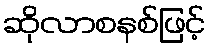
ဆိုလာစနစ်ဖြင့်